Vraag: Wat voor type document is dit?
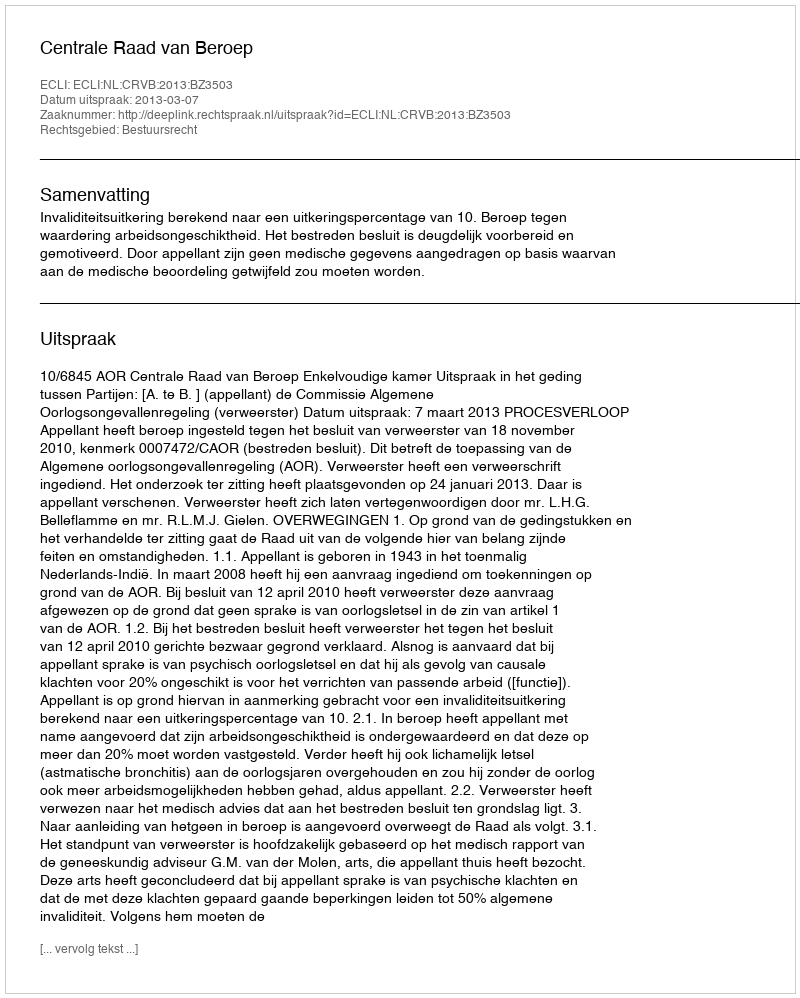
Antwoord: Uitspraak